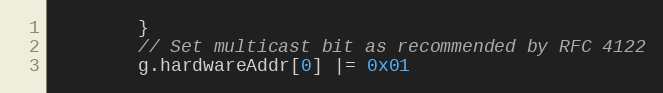
Language: Go
		}
		// Set multicast bit as recommended by RFC 4122
		g.hardwareAddr[0] |= 0x01